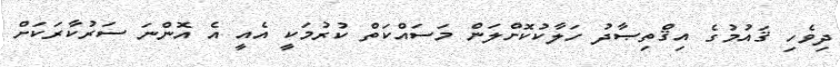
ދިވެހި ޤައުމުގެ އިޤްތިޞާދު ހަލާކުކޮށްލަން މަސައްކަތް ކުރުމަކީ އެއީ އެ އޮންނަ ސަރުކާރަކަށް